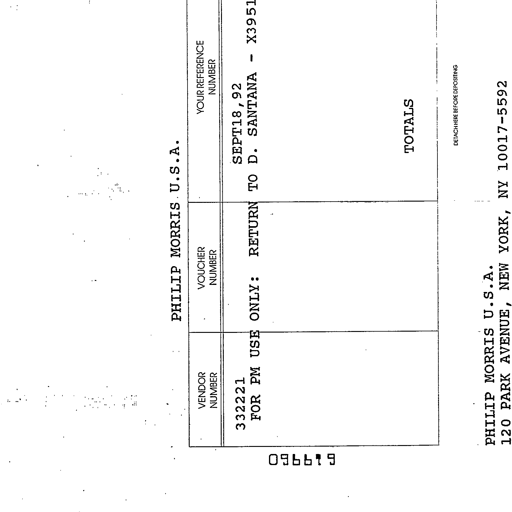
PHILIP MORRIS U.S.A.
VENDOR NUMBER VOUCHER NUMBER YOUR REFERENCE NUMBER
332221 SEPT18,92
FOR PM USE ONLY: RETURN TO D. SANTANA - X3951
TOTALS
619960
DETACH HERE BEFORE DEPOSITING
PHILIP MORRIS U.S.A.
120 PARK AVENUE, NEW YORK, NY 10017-5592